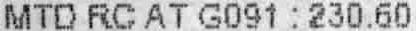
MTD RC AT G091 : 230.60